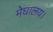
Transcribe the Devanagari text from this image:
मेघालय।